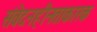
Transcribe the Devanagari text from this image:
संवेदनहीनताकारक